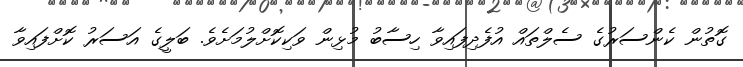
ގޮތުން ކެންސަރުގެ ސެލްތައް އުފެދިފައިވާ ހިސާބު މުޅިން ވަކިކޮށްލުމަށެވެ. ބަލީގެ އަސަރު ކޮށްފައިވާ